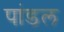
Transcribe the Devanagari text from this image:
पांडल